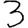
Digit: 3